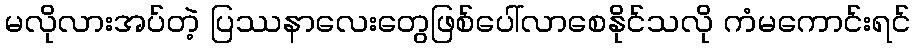
မလိုလားအပ်တဲ့ ပြဿနာလေးတွေဖြစ်ပေါ်လာစေနိုင်သလို ကံမကောင်းရင်